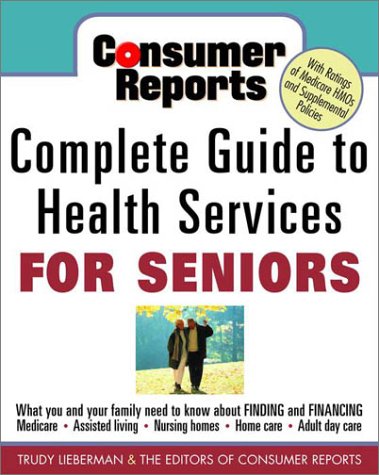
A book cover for Consumer Reports Complete Guide to Health Services for Seniors : What Your Family Needs to Know About Finding and Financing, Medicare, Assisted Living, Nursing Homes, Home Care, Adult Day Care; Trudy Lieberman; Parenting & Relationships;